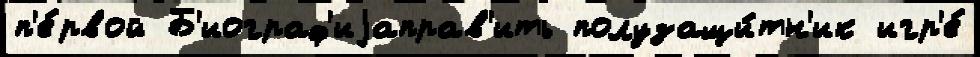
п'е́рвой Б'иограф'иjаправ'ить полузащи́тн'ик игр'е́